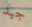
جيد